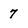
Character: 7